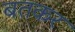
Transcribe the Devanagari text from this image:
बतकर